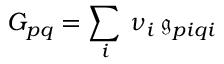
{ G _ { p q } = \sum _ { i } \, \nu _ { i } \, \mathfrak { g } _ { p i q i } }